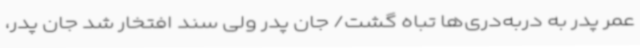
عمر پدر به دربه‌دری‌ها تباه گشت/ جان پدر ولی سند افتخار شد جان پدر،